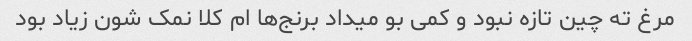
مرغ ته چین تازه نبود و کمی بو میداد برنج‌ها ام کلا نمک شون زیاد بود